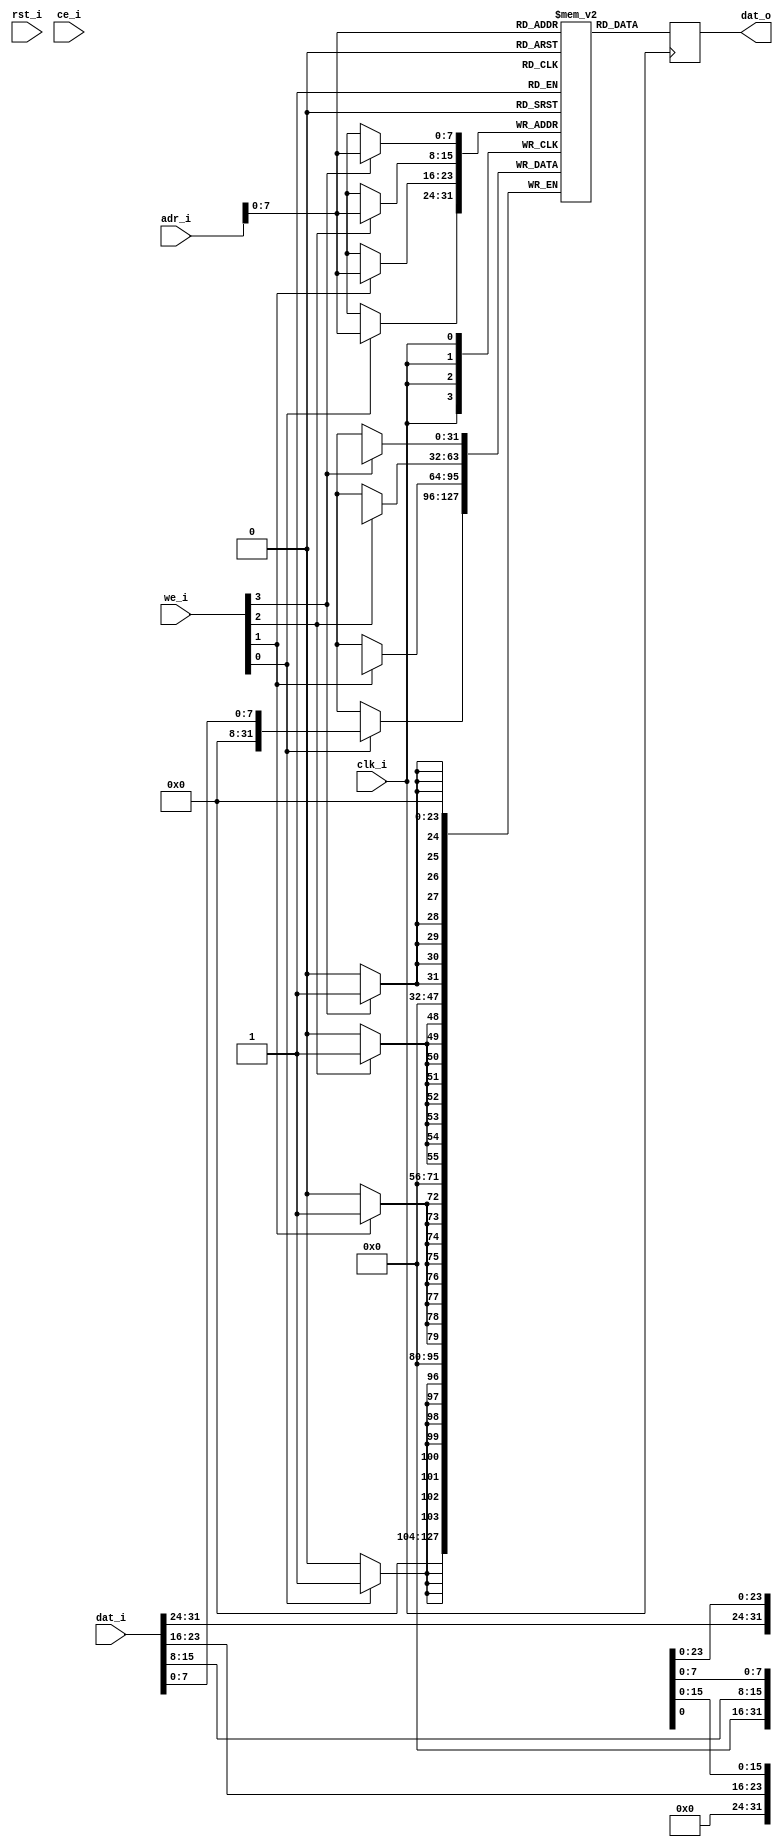
module spram_bw_wrapper #(
    parameter
        dw = 32,
        aw = 32,
        col_w = 8,
        nb_w = dw/col_w,
        mem_size_bytes = 32'h0000_0400
) (
    input               clk_i,
    input               rst_i,

    input   [aw-1:0]    adr_i,
    input               ce_i,
    input   [nb_w-1:0]  we_i,
    input   [dw-1:0]    dat_i,
    output  [dw-1:0]    dat_o
);
    // Important!
    // This is the recommended coding style to describe read-first synchronized byte-write enable functionality for Virtex-6,
    // Spartan-6 and newer device families. This coding style is not supported for older device families. In that case, please refer
    // to the corresponding 2-bit and 4-bit write enable templates for device families before Virtex-6 and Spartan-6.
    //
    
    reg     [dw-1:0]    dout_r;
    reg	    [dw-1:0]    mem [0:mem_size_bytes/nb_w-1];

    //  The forllowing code is only necessary if you wish to initialize the RAM 
    //  contents via an external file (use $readmemb for binary data)
    // initial
    //    $readmemh("<data_file_name>", <mem>, <begin_adr_i>, <end_adr_i>);

    always @(posedge clk_i)
    begin 
       dout_r <= mem[adr_i];
    end
    assign dat_o = dout_r;

    generate
    genvar i;
       for (i = 0; i < nb_w; i = i+1)
       begin:sram_bw
          always @(posedge clk_i)
          begin  
             if (we_i[i]) 
                mem[adr_i][(i+1)*col_w-1:i*col_w]
                  <= dat_i[(i+1)*col_w-1:i*col_w];
          end
       end
    endgenerate
endmodule